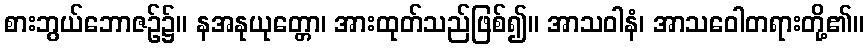
စားဘွယ်ဘောဇဉ်၌။ နအနုယုတ္တော၊ အားထုတ်သည်ဖြစ်၍။ အာသဝါနံ၊ အာသဝေါတရားတို့၏။